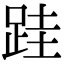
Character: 跬